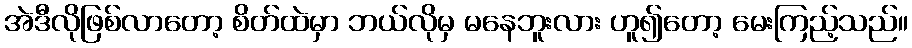
အဲဒီလိုဖြစ်လာတော့ စိတ်ထဲမှာ ဘယ်လိုမှ မနေဘူးလား ဟူ၍တော့ မေးကြည့်သည်။